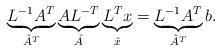
LaTeX: \begin{align*}\underbrace{L^{-1} A^T}_{{\hat{A}}^T} \underbrace{AL^{-T}}_{\hat{A}}\underbrace{L^Tx}_{\phantom{\hat{I}}\hat{x}\phantom{\hat{I}}}= \underbrace{L^{-1} A^T}_{{\hat{A}}^T} b.\end{align*}